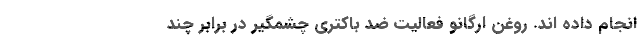
انجام داده اند. روغن اُرگانو فعالیت ضد باکتری چشمگیر در برابر چند